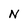
Character: N